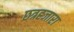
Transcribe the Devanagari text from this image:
छत्रहजारा